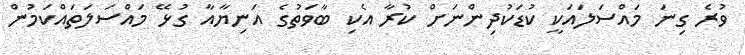
ވުރެ ގިނަ މައްސަލައަކީ ކުޑަކުދިންނަށް ކުރާ އެކި ބާވަތުގެ އަނިޔާއާ ގުޅޭ މައްސަލަތައްކަމުން